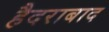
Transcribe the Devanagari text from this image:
हैदराबाद